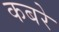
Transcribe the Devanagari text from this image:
कबरे